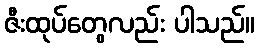
ဇီးထုပ်တွေလည်း ပါသည်။